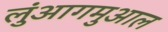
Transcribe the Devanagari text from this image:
लुंआगमुआल